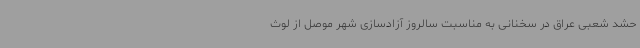
حشد شعبی عراق در سخنانی به مناسبت سالروز آزادسازی شهر موصل از لوث